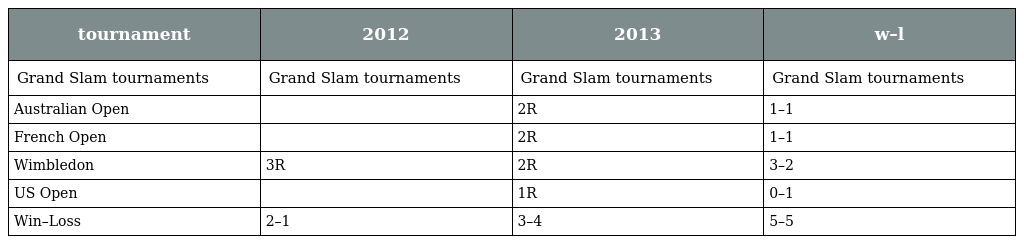
| tournament | 2012 | 2013 | w–l |
 | --- | --- | --- | --- |
 | Grand Slam tournaments | Grand Slam tournaments | Grand Slam tournaments | Grand Slam tournaments |
 | Australian Open |  | 2R | 1–1 |
 | French Open |  | 2R | 1–1 |
 | Wimbledon | 3R | 2R | 3–2 |
 | US Open |  | 1R | 0–1 |
 | Win–Loss | 2–1 | 3–4 | 5–5 |